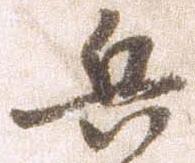
兵